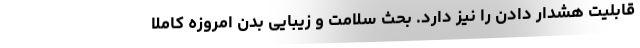
قابلیت هشدار دادن را نیز دارد. بحث سلامت و زیبایی بدن امروزه کاملا